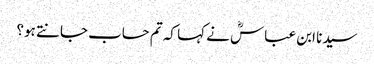
سیدنا ابن عباسؓ نے کہا کہ تم حساب جانتے ہو؟